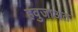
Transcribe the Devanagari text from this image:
हवुजाअत